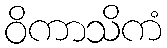
ဝိကာသိကံ